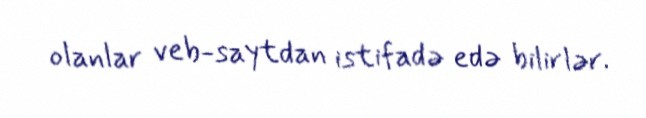
olanlar veb-saytdan istifadə edə bilirlər.